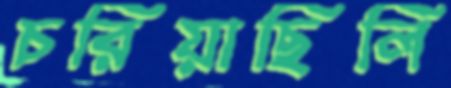
চরিয়াছিলি